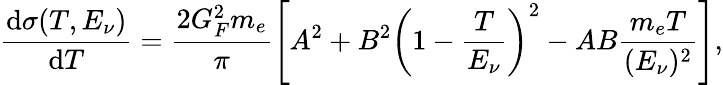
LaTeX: \frac{\mathrm{d}\sigma(T,E_{\nu})}{\mathrm{d}T}=\frac{2G_{F}^{2}m_{e}}{\pi}\left[A^{2}+B^{2}\left(1-\frac{T}{E_{\nu}}\right)^{2}-AB\frac{m_{e}T}{(E_{\nu})^{2}}\right],